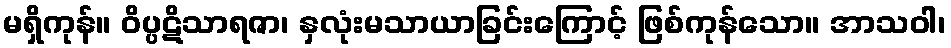
မရှိကုန်။ ဝိပ္ပဋိသာရဇာ၊ နှလုံးမသာယာခြင်းကြောင့် ဖြစ်ကုန်သော။ အာသဝါ၊